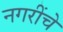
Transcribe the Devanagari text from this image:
नगरींचे